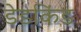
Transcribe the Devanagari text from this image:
डेडकिंड